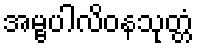
အမ္ဗပါလိဝနသုတ္တံ